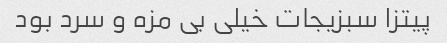
پیتزا سبزیجات خیلی بی مزه و سرد بود